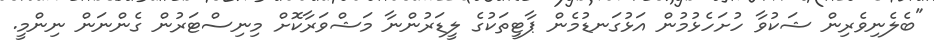
"ބެލެނިވެރިން ޝަކުވާ ހުށަހެޅުމުން އަޅުގަނޑުމެން ޕާޓީތަކުގެ ލީޑަރުންނާ މަޝްވަރާކޮށް މިނިސްޓަރުން ގެންނަން ނިންމީ.